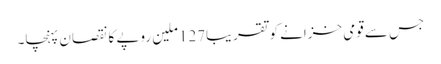
جس سے قومی خزانے کو تقریبا127ملین روپے کا نقصان پہنچا۔